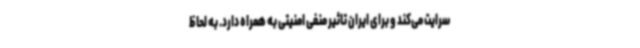
سرایت می‌کند و برای ایران تاثیر منفی امنیتی به همراه دارد. به لحاظ